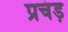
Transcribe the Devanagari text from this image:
प्रचंड़